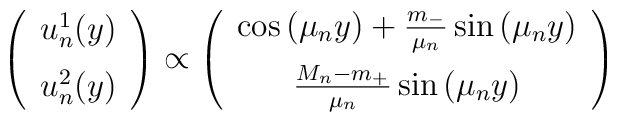
\left(\begin{array}{c}u_n^1(y)\\[6pt]u_n^2(y)\end{array}\right)\propto\left(\begin{array}{c}\cos\left(\mu_n y\right)+\frac{m_-}{\mu_n}\sin\left(\mu_n y\right)\\[6pt]\frac{M_n-m_+}{\mu_n}\sin\left(\mu_n y\right)\end{array}\right)